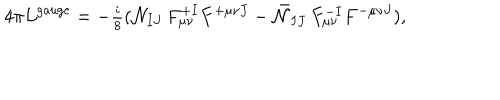
4 \pi { \cal L } ^ { \mathrm { g a u g e } } = - { \textstyle { \frac { i } { 8 } } } ( { \cal N } _ { I J } \, F _ { \mu \nu } ^ { + I } F ^ { + \mu \nu J } - \bar { \cal N } _ { I J } \, F _ { \mu \nu } ^ { - I } F ^ { - \mu \nu J } ) ,